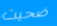
ضحيت